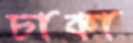
চাকা